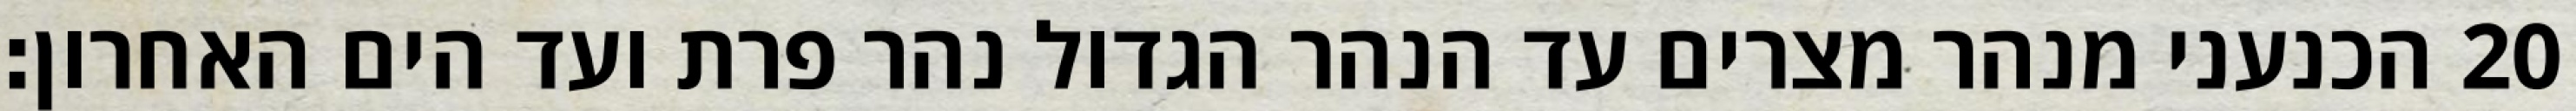
הכנעני מנהר מצרים עד הנהר הגדול נהר פרת ועד הים האחרון׃ ‎20‏